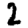
Digit: 2